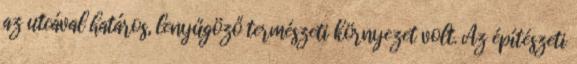
az utcával határos, lenyűgöző természeti környezet volt. Az építészeti